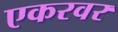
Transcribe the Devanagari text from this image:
एकरवर